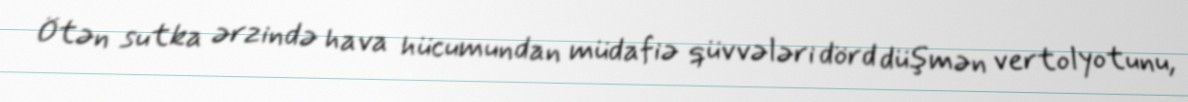
Ötən sutka ərzində hava hücumundan müdafiə qüvvələri dörd düşmən vertolyotunu,